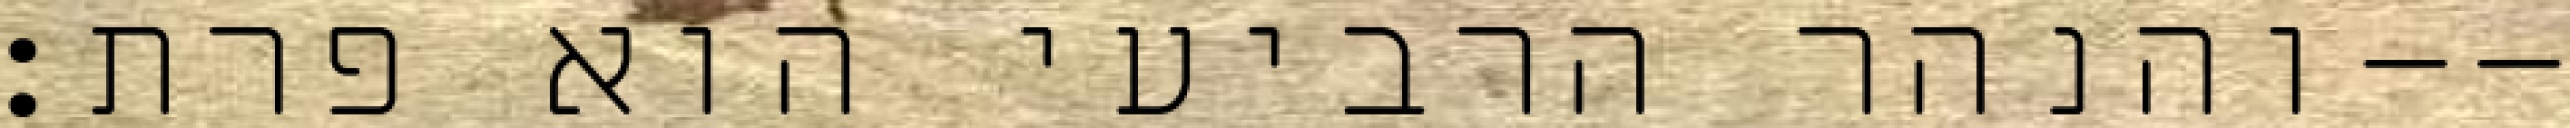
והנהר הרביעי הוא פרת׃--